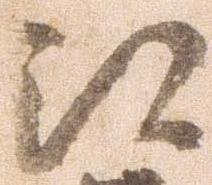
江